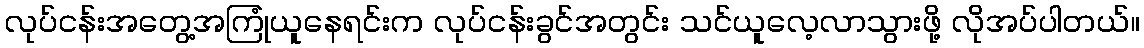
လုပ်ငန်းအတွေ့အကြုံယူနေရင်းက လုပ်ငန်းခွင်အတွင်း သင်ယူလေ့လာသွားဖို့ လိုအပ်ပါတယ်။